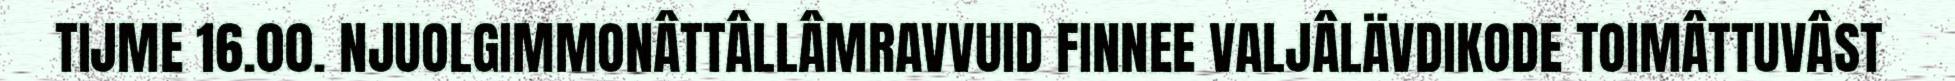
TIJME 16.00. NJUOLGIMMONÂTTÂLLÂMRAVVUID FINNEE VALJÂLÄVDIKODE TOIMÂTTUVÂST